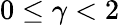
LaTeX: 0\leq\gamma<2